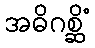
အဓိဂစ္ဆိံ